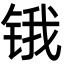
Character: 锇